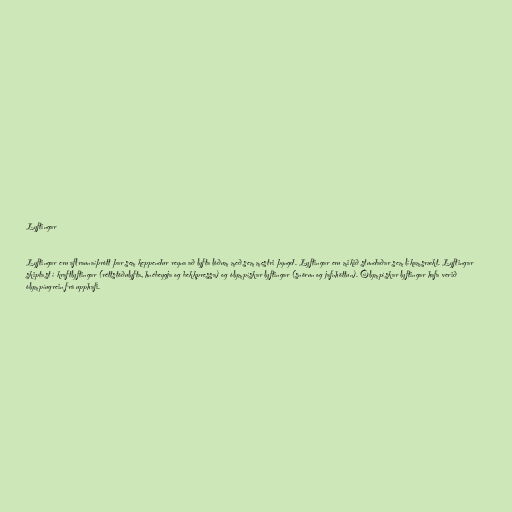
Lyftingar

Lyftingar eru aflraunaíþrótt þar sem keppendur reyna að lyfta lóðum með sem mestri þyngd. Lyftingar eru mikið stundaðar sem líkamsrækt. Lyftingar
skiptast í kraftlyftingar (réttstöðulyfta, hnébeygja og bekkpressa) og ólympískar lyftingar (snörun og jafnhöttun). Ólympískar lyftingar hafa verið
ólympíugrein frá upphafi.